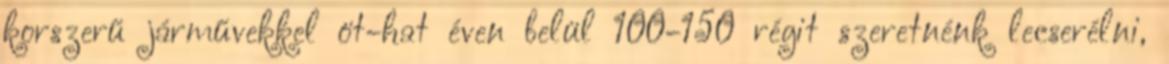
korszerű járművekkel öt-hat éven belül 100-150 régit szeretnénk lecserélni,